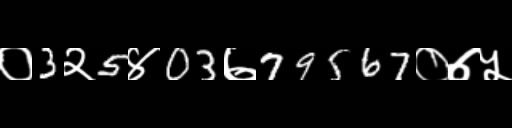
Text: ०3२5४03७79567०७५